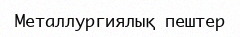
Металлургиялық пештер